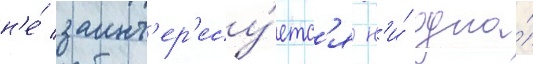
н'е́ заинт'ер'есу́етс'я н'и́ одна́